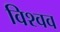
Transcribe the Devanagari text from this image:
विश्वव